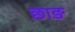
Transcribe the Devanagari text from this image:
छाङ